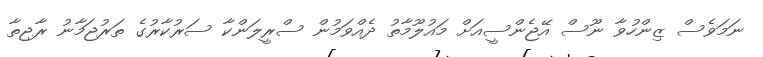
ނަމަވެސް ޒިންހުވާ ނޫސް އޭޖެންސީއަށް މައުލޫމާތު ދެއްވަމުން ސްރީލަންކާ ސަރުކާރުގެ ތަރުޖަމާނު ރާޖިތާ